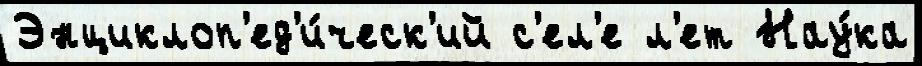
Энциклоп'ед'и́ческ'ий с'ел'е л'ет Нау́ка